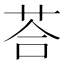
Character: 荅